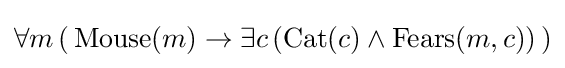
\forall m\,(\,{\text{Mouse}}(m)\rightarrow \exists c\,({\text{Cat}}(c)\land {\text{Fears}}(m,c))\,)